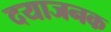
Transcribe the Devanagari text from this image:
दयाजनक